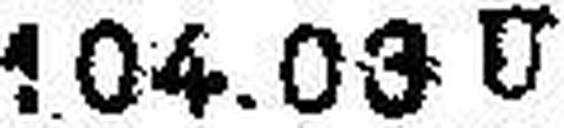
104.03 U